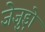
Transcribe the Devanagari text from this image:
जेजुड़ो